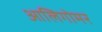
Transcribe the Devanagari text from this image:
आलिगोमर